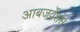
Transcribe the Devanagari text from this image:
आबजर्वेशंस